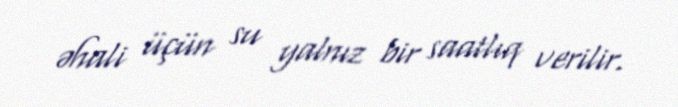
əhali üçün su yalnız bir saatlıq verilir.